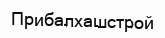
Прибалхашстрой